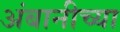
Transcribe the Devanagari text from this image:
अंबानीच्या